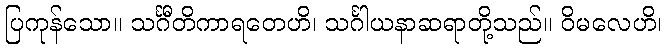
ပြကုန်သော။ သင်္ဂီတိကာရတေဟိ၊ သင်္ဂါယနာဆရာတို့သည်။ ဝိမလေဟိ၊